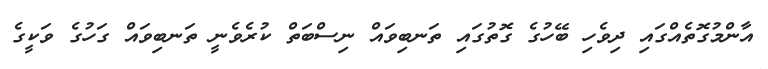
އާންމުގޮތެއްގައި ދިވެހި ބޭހުގެ ގޮތުގައި ތަނބިވައް ނިސްބަތް ކުރެވެނީ ތަނބިވައް ގަހުގެ ވަކީގެ